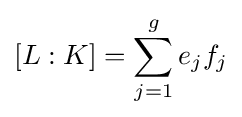
[L:K]=\sum _{j=1}^{g}e_{j}f_{j}